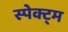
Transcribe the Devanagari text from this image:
स्पेक्ट्म